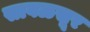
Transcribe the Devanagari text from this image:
सावळसूर